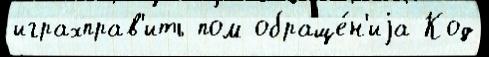
играхправ'ить пом обраще́н'иjа Код